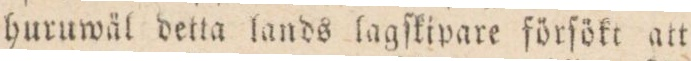
huruwäl detta lands lagſkipare förſökt att